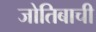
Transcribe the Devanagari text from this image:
जोतिबाची